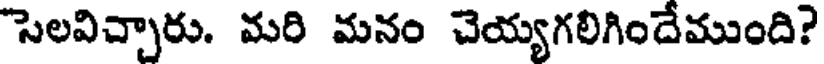
సెలవిచ్చారు. మరి మనం చెయ్యగలిగిందేముంది?